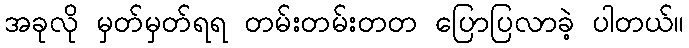
အခုလို မှတ်မှတ်ရရ တမ်းတမ်းတတ ပြောပြလာခဲ့ ပါတယ်။